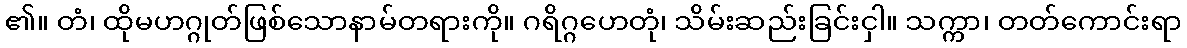
၏။ တံ၊ ထိုမဟဂ္ဂုတ်ဖြစ်သောနာမ်တရားကို။ ဂရိဂ္ဂဟေတုံ၊ သိမ်းဆည်းခြင်းငှါ။ သက္ကာ၊ တတ်ကောင်းရာ